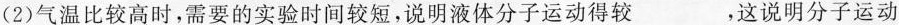
(2)气温比较高时，需要的实验时间较短，说明液体分子运动得较_________，这说明分子运动